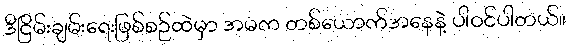
ဒီငြိမ်းချမ်းရေးဖြစ်စဉ်ထဲမှာ အမက တစ်ယောက်အနေနဲ့ ပါဝင်ပါတယ်။